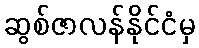
ဆွစ်ဇာလန်နိုင်ငံမှ